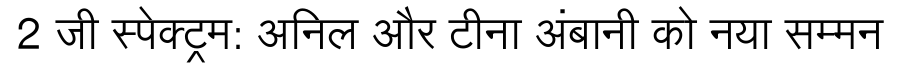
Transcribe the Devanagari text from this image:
2 जी स्पेक्ट्रम: अनिल और टीना अंबानी को नया सम्मन